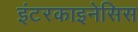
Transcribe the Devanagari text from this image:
इंटरकाइनेसिस